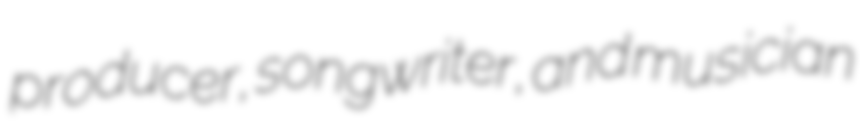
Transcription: producer, songwriter, and musician